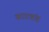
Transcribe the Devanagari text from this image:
वरटचंच